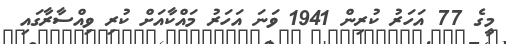
މީގެ 77 އަހަރު ކުރިން 1941 ވަނަ އަހަރު މައްކާއަށް ކުރި ވިއްސާރާގައި